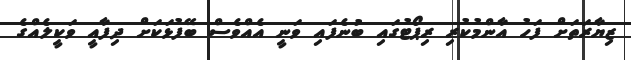
ޒިޔާރަތަށް ފަހު އާންމުކުރި ރިޕޯޓުގައި ބުނެފައި ވަނީ އެއްވެސް ބޭފުޅަކަށް ދިފާއީ ވަކީލެއްގެ